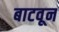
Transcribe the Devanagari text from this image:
बाटवून